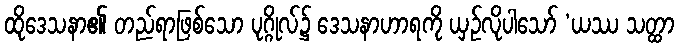
ထိုဒေသနာ၏ တည်ရာဖြစ်သော ပုဂ္ဂိုလ်၌ ဒေသနာဟာရကို ယှဉ်လိုပါသော် ‘ယဿ သတ္ထာ